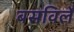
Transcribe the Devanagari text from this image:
बसविलें